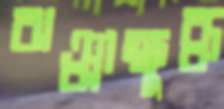
ঝঞ্ঝাক্ষুব্ধ